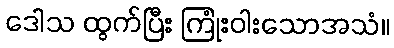
ဒေါသ ထွက်ပြီး ကြုံးဝါးသောအသံ။